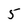
Character: 5